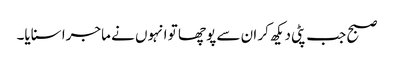
صبح جب پٹی دیکھ کر ان سے پوچھا تو انہوں نے ماجرا سنایا۔